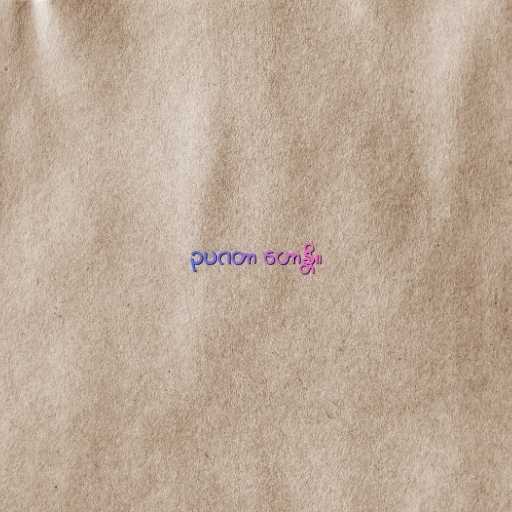
ဥပဂတာ ဟောန္တိ။